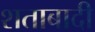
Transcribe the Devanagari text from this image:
शताबादी